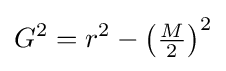
{}G^{2}=r^{2}-\left({\tfrac {M}{2}}\right)^{2}